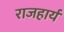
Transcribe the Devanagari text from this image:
राजहार्यं